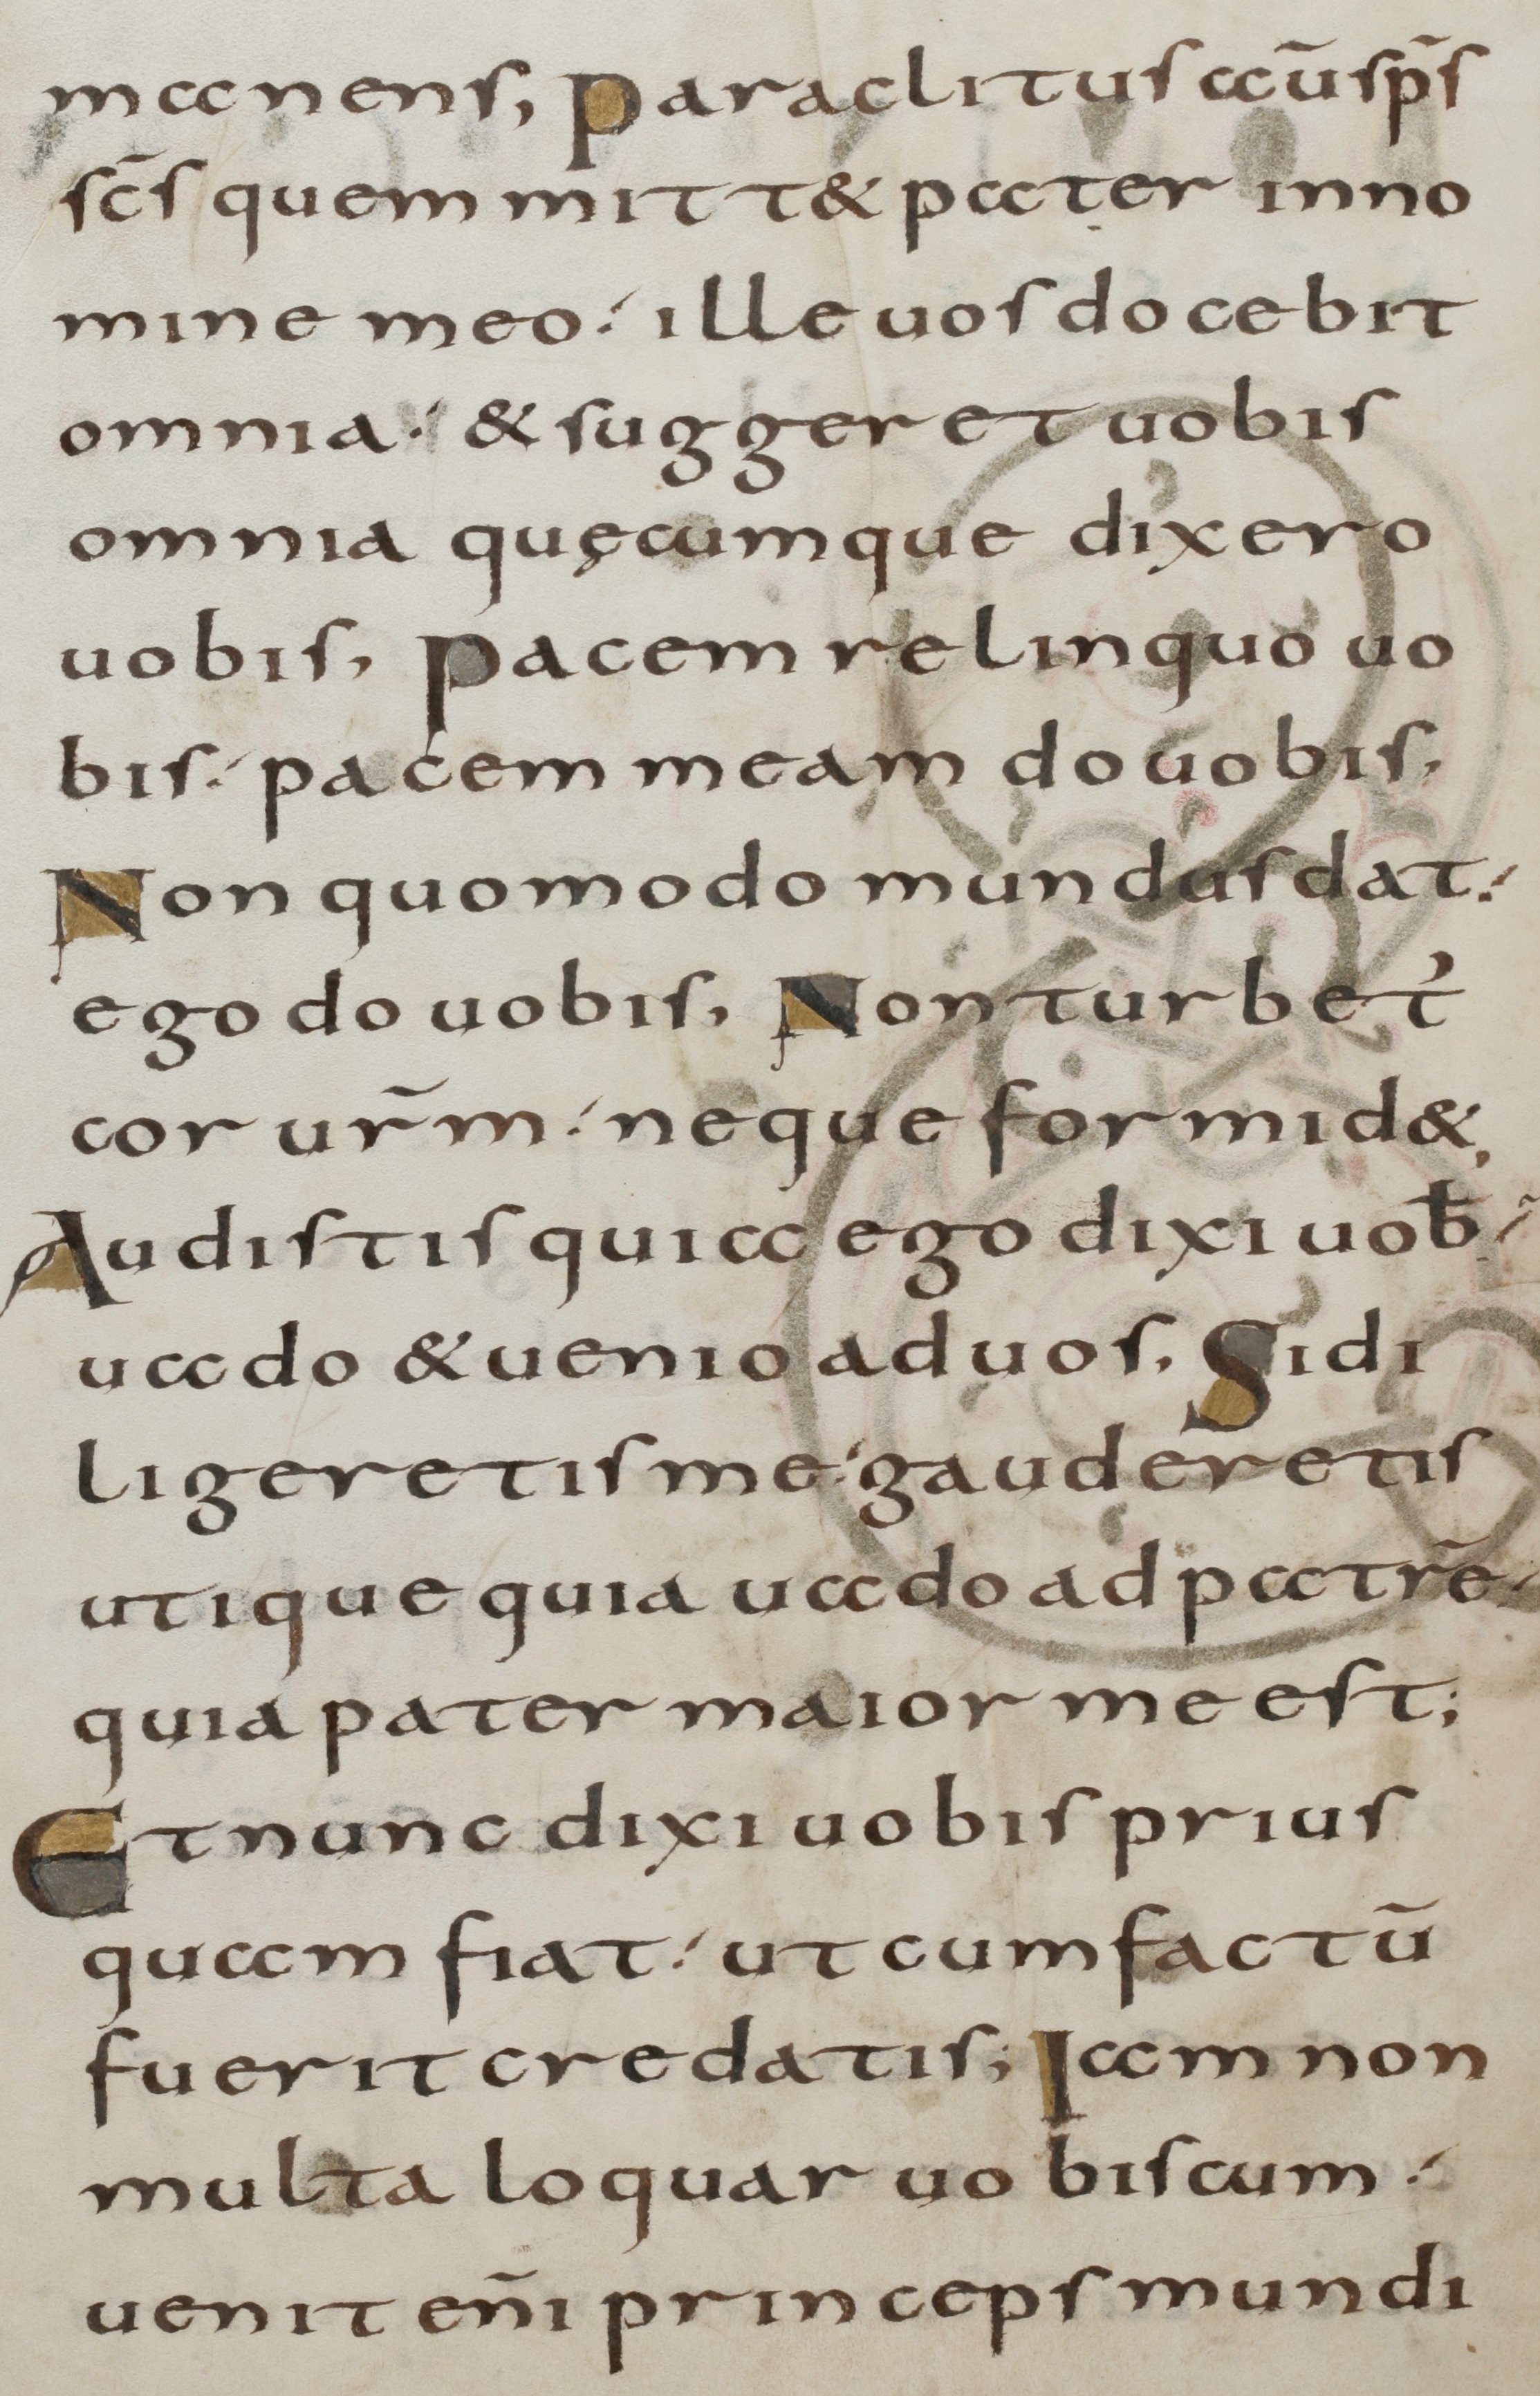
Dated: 800–899